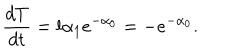
\frac { d T } { d t } = l \alpha _ { 1 } e ^ { - \alpha _ { 0 } } = - e ^ { - \alpha _ { 0 } } .